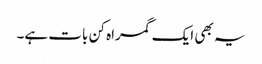
یہ بھی ایک گمراہ کن بات ہے۔